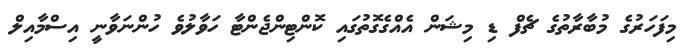
މިފަހަރުގެ މުބާރާތުގެ ޗެފް ޑި މިޝަން އެއްގެގޮތުގައި ކޮންޓިންޖެންޓާ ހަވާލުވެ ހުންނަވާނީ އިސްމާއިލް